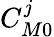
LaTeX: C_{M0}^{j}